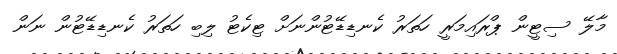
މާލޭ ސިޓީން ޕްރައިމަރީ ހަތަރު ކެނޑިޑޭޓުންނަށް ޓިކެޓު ލިބި ހަތަރު ކެނޑިޑޭޓުން ނަން